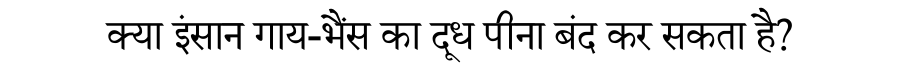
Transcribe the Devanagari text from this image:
क्या इंसान गाय-भैंस का दूध पीना बंद कर सकता है?